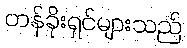
တန်ခိုးရှင်များသည်